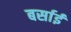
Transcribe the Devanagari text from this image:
बर्साई